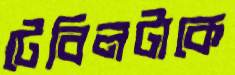
টেবিলটাকে